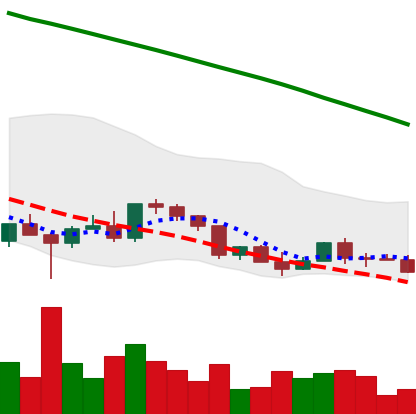
Ticker: EOS-USD
Chart end date: 2022-03-13
Forward return: 11.597%
Label: up_7plus